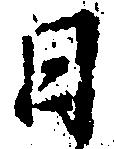
日